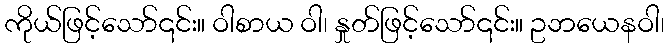
ကိုယ်ဖြင့်သော်၎င်း။ ဝါစာယ ဝါ၊ နှုတ်ဖြင့်သော်၎င်း။ ဥဘယေနဝါ၊